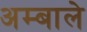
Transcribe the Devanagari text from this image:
अम्बाले